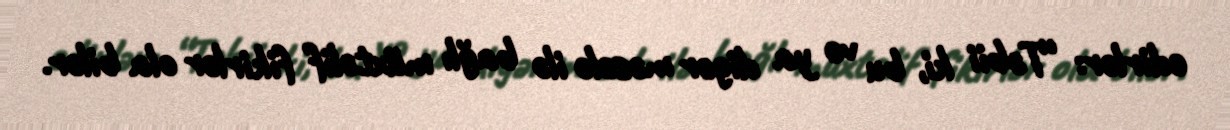
edirlər: “Təbii ki, bu və ya digər məsələ ilə bağlı müxtəlif fikirlər ola bilər.